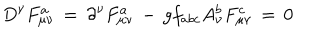
D ^ { \nu } F _ { \mu \nu } ^ { a } \, = \, \partial ^ { \nu } F _ { \mu \nu } ^ { a } \, - \, g f _ { a b c } A _ { \nu } ^ { b } F _ { \mu \nu } ^ { c } \, = \, 0